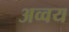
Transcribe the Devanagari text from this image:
अव्वय